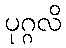
ပုဂ္ဂလိ